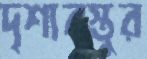
দৃশ্যবস্তুর